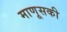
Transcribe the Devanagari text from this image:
माणूसकी